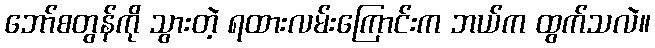
ဘော်စတွန်ကို သွားတဲ့ ရထားလမ်းကြောင်းက ဘယ်က ထွက်သလဲ။